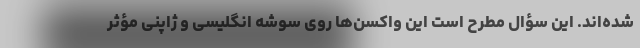
شده‌اند. این سؤال مطرح است این واکسن‌ها روی سوشه انگلیسی و ژاپنی مؤثر